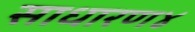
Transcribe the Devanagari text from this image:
साधारण४